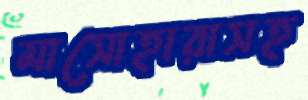
মাসোহারাসহ